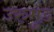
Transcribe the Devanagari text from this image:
उरुमुंड